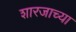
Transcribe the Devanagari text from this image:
शारजाच्या